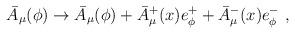
LaTeX: \begin{align*}\bar{A}_\mu (\phi )\rightarrow \bar{A}_\mu(\phi) +\bar{A}^+_\mu (x) e^+_\phi +\bar{A}^-_\mu (x) e^-_\phi\ ,\end{align*}